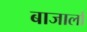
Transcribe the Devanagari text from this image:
बाजार्ला